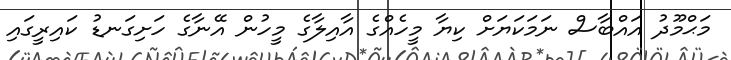
މަޙްމޫދު އައްބާސް ނަމަކަޔަށް ކިޔާ މީހެއްގެ އާއިލާގެ މީހުން އޭނާގެ ހަށިގަނޑު ކައިރީގައި